Report of the Indian Hemp Drugs Commission, 1894-1895 - Volume IV
Year: 1894
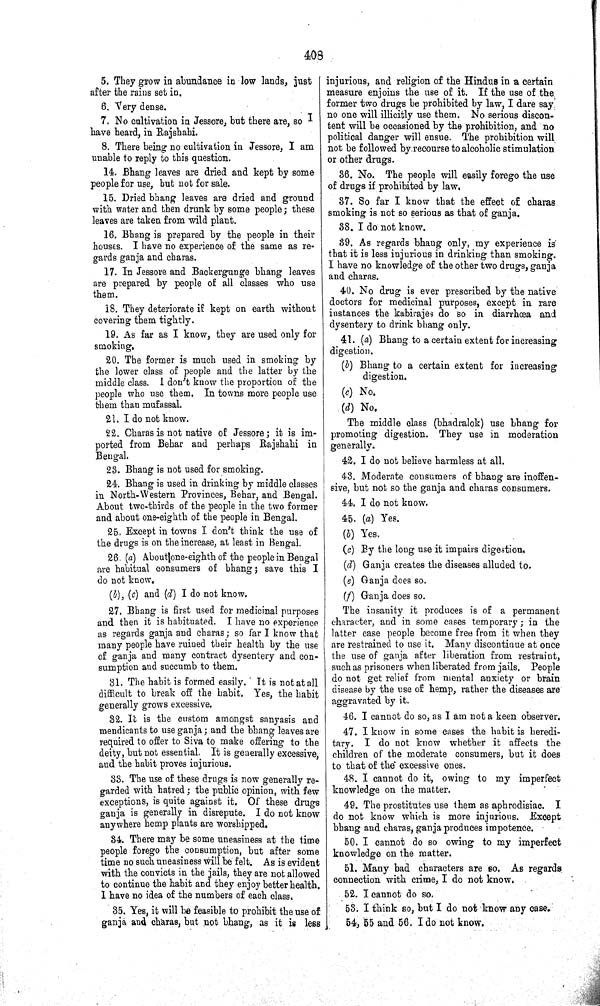
408
5. They grow in abundance in low lands, just
after the rains set in.
6. Very dense.
7. No cultivation in Jessore, but there are, so I
have heard, in Rajshahi.
8. There being no cultivation in Jessore, I am
unable to reply to this question.
14. Bhang leaves are dried and kept by some
people for use, but not for sale.
15. Dried bhang leaves are dried and ground
with water and then drunk by some people; these
leaves are taken from wild plant.
16. Bhang is prepared by the people in their
houses. I have no experience of the same as re-
gards ganja and charas.
17. In Jessore and Backergunge bhang leaves
are prepared by people of all classes who use
them.
18. They deteriorate if kept on earth without
covering them tightly.
19. As far as I know, they are used only for
smoking.
20. The former is much used in smoking by
the lower class of people and the latter by the
middle class. I don't know the proportion of the
people who use them. In towns more people use
them than mufassal.
21. I do not know.
22. Charas is not native of Jessore; it is im-
ported from Behar and perhaps Rajshahi in
Bengal.
23. Bhang is not used for smoking.
24. Bhang is used in drinking by middle classes
in North-Western Provinces, Behar, and Bengal.
About two-thirds of the people in the two former
and about one-eighth of the people in Bengal.
25. Except in towns I don't think the use of
the drugs is on the increase, at least in Bengal.
26. (a) About one-eighth of the people in Bengal
are habitual consumers of bhang; save this I
do not know.
(b), (c) and (d) I do not know.
27. Bhang is first used for medicinal purposes
and then it is habituated. I have no experience
as regards ganja and charas; so far I know that
many people have ruined their health by the use
of ganja and many contract dysentery and con-
sumption and succumb to them.
31. The habit is formed easily. It is not at all
difficult to break off the habit. Yes, the habit
generally grows excessive.
32. It is the custom amongst sanyasis and
mendicants to use ganja; and the bhang leaves are
required to offer to Siva to make offering to the
deity, but not essential. It is generally excessive,
and the habit proves injurious.
33. The use of these drugs is now generally re-
garded with hatred; the public opinion, with few
exceptions, is quite against it. Of these drugs
ganja is generally in disrepute. I do not know
anywhere hemp plants are worshipped.
34. There may be some uneasiness at the time
people forego the consumption, but after some
time no such uneasiness will be felt. As is evident
with the convicts in the jails, they are not allowed
to continue the habit and they enjoy better health.
I have no idea of the numbers of each class.
35. Yes, it will be feasible to prohibit the use of
ganja and charas, but not bhang, as it is less
injurious, and religion of the Hindus in a certain
measure enjoins the use of it. If the use of the
former two drugs be prohibited by law, I dare say
no one will illicitly use them. No serious discon-
tent will be occasioned by the prohibition, and no
political danger will ensue. The prohibition will
not be followed by recourse to alcoholic stimulation
or other drugs.
36. No. The people will easily forego the use
of drugs if prohibited by law.
37. So far I know that the effect of charas
smoking is not so serious as that of ganja.
38. I do not know.
39. As regards bhang only, my experience is
that it is less injurious in drinking than smoking.
I have no knowledge of the other two drugs, ganja
and charas.
40. No drug is ever prescribed by the native
doctors for medicinal purposes, except in rare
instances the kabirajes do so in diarrhœa and
dysentery to drink bhang only.
41. (a) Bhang to a certain extent for increasing
digestion.
(b) Bhang to a certain extent for increasing
digestion.
(c) No.
(d) No.
The middle class (bhadralok) use bhang for
promoting digestion. They use in moderation
generally.
42. I do not believe harmless at all.
43. Moderate consumers of bhang are inoffen-
sive, but not so the ganja and charas consumers.
44. I do not know.
45. (a) Yes.
(b) Yes.
(c) By the long use it impairs digestion.
(d) Ganja creates the diseases alluded to.
(e) Ganja does so.
(f) Ganja does so.
The insanity it produces is of a permanent
character, and in some cases temporary; in the
latter case people become free from it when they
are restrained to use it. Many discontinue at once
the use of ganja after liberation from restraint,
such as prisoners when liberated from jails. People
do not get relief from mental anxiety or brain
disease by the use of hemp, rather the diseases are
aggravated by it.
46. I cannot do so, as I am not a keen observer.
47. I know in some cases the habit is heredi-
tary. I do not know whether it affects the
children of the moderate consumers, but it does
to that of the excessive ones.
48. I cannot do it, owing to my imperfect
knowledge on the matter.
49. The prostitutes use them as aphrodisiac. I
do not know which is more injurious. Except
bhang and charas, ganja produces impotence.
50. I cannot do so owing to my imperfect
knowledge on the matter.
51. Many bad characters are so. As regards
connection with crime, I do not know.
52. I cannot do so.
53. I think so, but I do not know any case.
54, 55 and 56. I do not know.